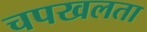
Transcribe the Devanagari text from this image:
चपखलता